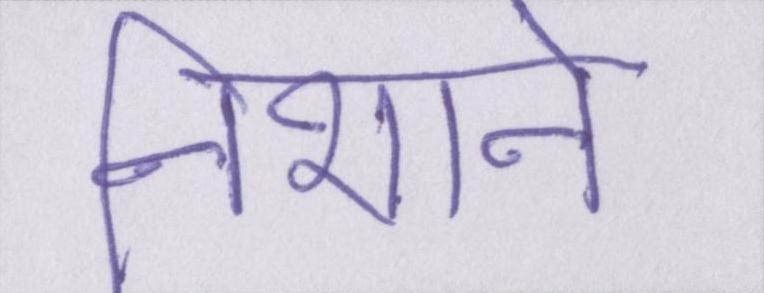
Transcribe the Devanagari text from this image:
निशाने